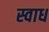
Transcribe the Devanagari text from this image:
स्वाध